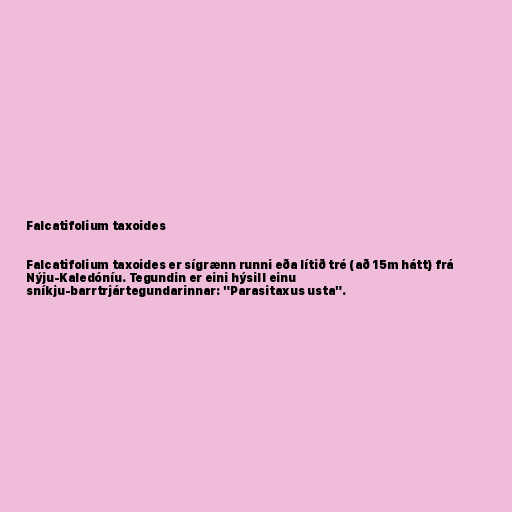
Falcatifolium taxoides

Falcatifolium taxoides er sígrænn runni eða lítið tré (að 15m hátt) frá
Nýju-Kaledóníu. Tegundin er eini hýsill einu
sníkju-barrtrjártegundarinnar: "Parasitaxus usta".